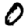
Digit: 0